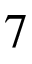
7